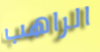
الراهب